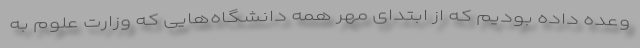
وعده داده بودیم که از ابتدای مهر همه دانشگاه‌هایی که وزارت علوم به